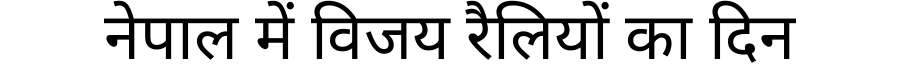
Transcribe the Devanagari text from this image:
नेपाल में विजय रैलियों का दिन